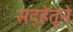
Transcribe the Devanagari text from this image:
सद्हेतूने